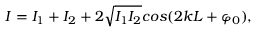
I = I _ { 1 } + I _ { 2 } + 2 \sqrt { I _ { 1 } I _ { 2 } } c o s ( 2 k L + \varphi _ { 0 } ) ,